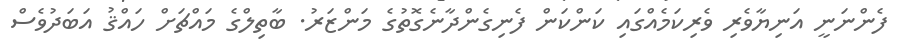
ފެންނަނީ އަނިޔާވެރި ވެރިކަމެއްގައި ކަންކަން ފެނިގެންދާނެގޮތުގެ މަންޒަރު. ބާތިލްގެ މައްޗަށް ހައްޤު އަބަދުވެސް